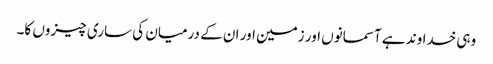
وہی خداوند ہے آسمانوں اور زمین اور ان کے درمیان کی ساری چیزوں کا۔